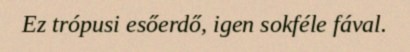
Ez trópusi esőerdő, igen sokféle fával.